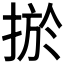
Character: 𢮁